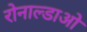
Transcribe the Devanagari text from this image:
रोनाल्डाओ